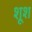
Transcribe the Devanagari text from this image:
शूश